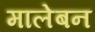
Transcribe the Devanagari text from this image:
मालेबन